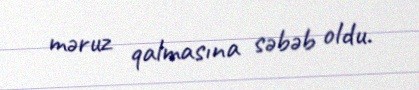
məruz qalmasına səbəb oldu.